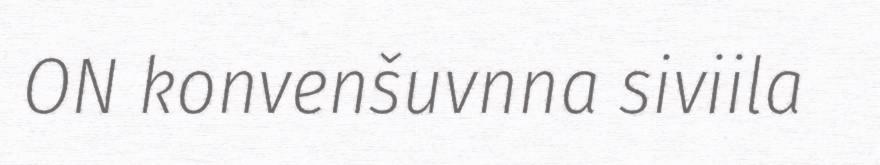
ON konvenšuvnna siviila